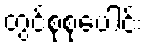
တွင်စုစုပေါင်း